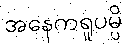
အနေကရူပမ္ပိ